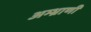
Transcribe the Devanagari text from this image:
अम्भ्राणी